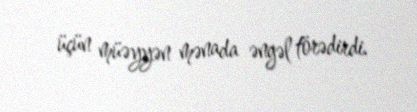
üçün müəyyən mənada əngəl törədirdi.